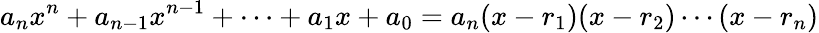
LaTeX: a_{n}x^{n}+a_{n-1}x^{n-1}+\cdots+a_{1}x+a_{0}=a_{n}(x-r_{1})(x-r_{2})\cdots(x-r_{n})